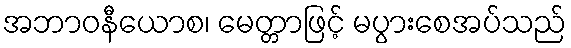
အဘာဝနီယောစ၊ မေတ္တာဖြင့် မပွားစေအပ်သည်